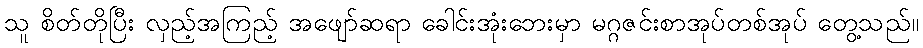
သူ စိတ်တိုပြီး လှည့်အကြည့် အဖျော်ဆရာ ခေါင်းအုံးဘေးမှာ မဂ္ဂဇင်းစာအုပ်တစ်အုပ် တွေ့သည်။